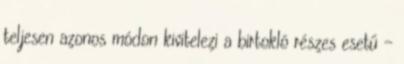
teljesen azonos módon kivitelezi a birtokló részes esetű –